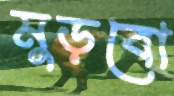
মুড়বো